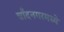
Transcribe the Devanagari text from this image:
चाँदनगरमध्ये